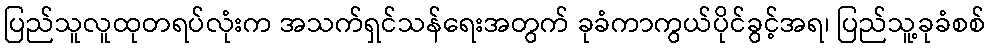
ပြည်သူလူထုတရပ်လုံးက အသက်ရှင်သန်ရေးအတွက် ခုခံကာကွယ်ပိုင်ခွင့်အရ၊ ပြည်သူ့ခုခံစစ်